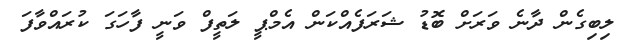
ލިބިގެން ދާނެ ވަރަށް ބޮޑު ޝަރަފެއްކަން އެމްޕީ ލަތީފް ވަނީ ފާހަގަ ކުރައްވާފަ